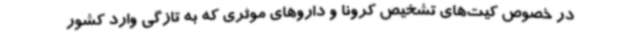
در خصوص کیت‌های تشخیص کرونا و داروهای موثری که به تازگی وارد کشور